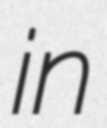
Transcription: in